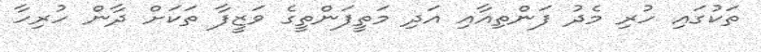
ތަކުގައި ހުރި މެދު ފަންތިއާއި އަދި މަތީފަންތީގެ ވަޒީފާ ތަކަށް ދާން ހުރިހާ